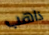
ذاهب